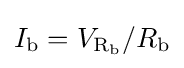
I_{\text{b}}=V_{{\text{R}}_{\text{b}}}/R_{\text{b}}